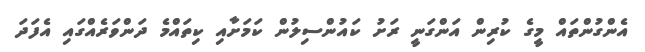
އެންގުންތައް މީގެ ކުރިން އަންގަނީ ރަށު ކައުންސިލުން ކަމަށާއި ކިތައްމެ ދަންވަރެއްގައި އެފަދަ